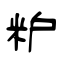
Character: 粐